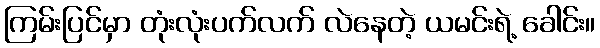
ကြမ်းပြင်မှာ တုံးလုံးပက်လက် လဲနေတဲ့ ယမင်းရဲ့ ခေါင်း။